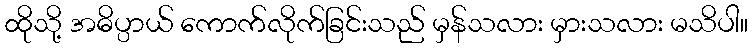
ထိုသို့ အဓိပ္ပာယ် ကောက်လိုက်ခြင်းသည် မှန်သလား မှားသလား မသိပါ။